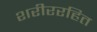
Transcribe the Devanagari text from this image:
शरीररहित